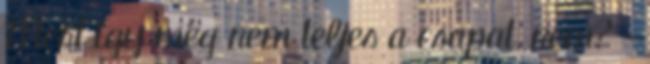
Mert így még nem teljes a csapat, nem? –